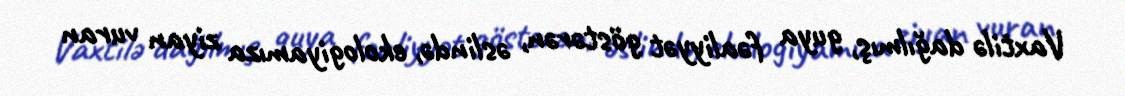
Vaxtilə dağılmış, guya fəaliyyət göstərən, əslində, ekologiyamıza ziyan vuran